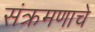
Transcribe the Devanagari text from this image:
संक्रमणाचे